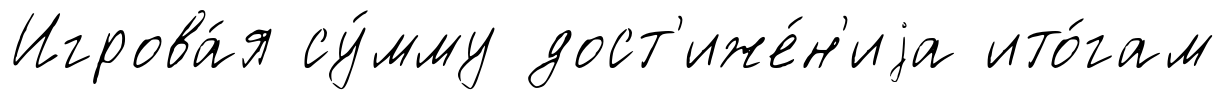
Игрова́я су́мму дост'иже́н'иjа ито́гам